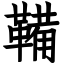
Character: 鞴